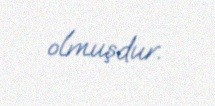
olmuşdur.